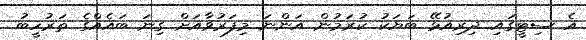
އެ ސިޓީގައި ދިރިއުޅޭ ބަޔަކު ކުރަމުން އަންނަ މިފަރުވާއަށް ގިނަ ބައެއްގެ ތަރުހީބު